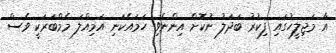
އާ މަޖިލީހުގައި ފިކުރު ބަދަލު ނުކޮށް އިންނެވި ހަމައެކަނި އަމިއްލަ މެމްބަރަކީ ވެސް